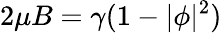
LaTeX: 2\mu B=\gamma(1-|\phi|^{2})